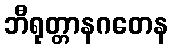
ဘီရုတ္တာနဂတေန